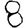
Digit: 8